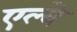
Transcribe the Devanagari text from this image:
एल्वे